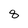
Character: 8